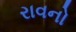
રાવનો